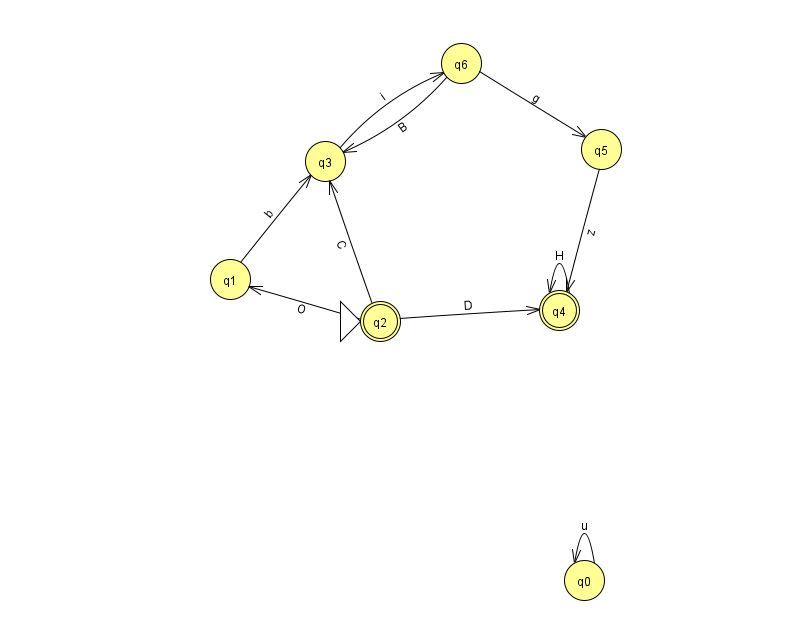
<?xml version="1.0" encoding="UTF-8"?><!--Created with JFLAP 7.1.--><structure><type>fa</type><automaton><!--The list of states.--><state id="0" name="q0"><x>584.0</x><y>567.0</y></state><state id="1" name="q1"><x>230.0</x><y>266.0</y></state><state id="2" name="q2"><x>380.0</x><y>308.0</y><initial/><final/></state><state id="3" name="q3"><x>325.0</x><y>148.0</y></state><state id="4" name="q4"><x>559.0</x><y>297.0</y><final/></state><state id="5" name="q5"><x>601.0</x><y>136.0</y></state><state id="6" name="q6"><x>461.0</x><y>50.0</y></state><!--The list of transitions.--><transition><from>6</from><to>5</to><read>g</read></transition><transition><from>6</from><to>3</to><read>B</read></transition><transition><from>2</from><to>3</to><read>C</read></transition><transition><from>2</from><to>4</to><read>D</read></transition><transition><from>0</from><to>0</to><read>u</read></transition><transition><from>1</from><to>3</to><read>b</read></transition><transition><from>3</from><to>6</to><read>i</read></transition><transition><from>4</from><to>4</to><read>H</read></transition><transition><from>5</from><to>4</to><read>z</read></transition><transition><from>2</from><to>1</to><read>O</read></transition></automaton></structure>